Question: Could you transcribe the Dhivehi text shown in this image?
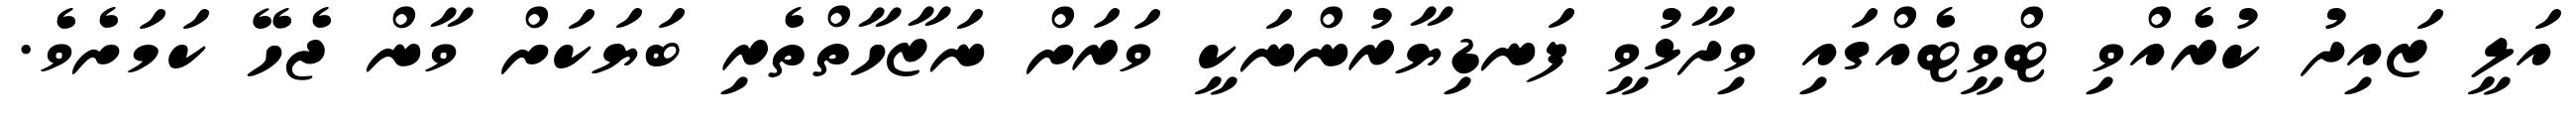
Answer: އަލީ ޒައިދު ކުރެއްވި ޓްވީޓެއްގައި ވިދާޅުވީ ފަނޑިޔާރުންނަކީ ވަރަށް ނަޒާހާތްތެރި ބަޔަކަށް ވާން ޖެހޭ ކަމަށެވެ.